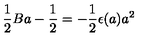
{ \frac { 1 } { 2 } } B a - { \frac { 1 } { 2 } } = - { \frac { 1 } { 2 } } \epsilon ( a ) a ^ { 2 }